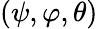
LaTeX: (\psi,\varphi,\theta)